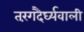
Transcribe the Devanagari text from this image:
तरंगदैर्घ्यवाली